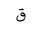
Letter: _qaf